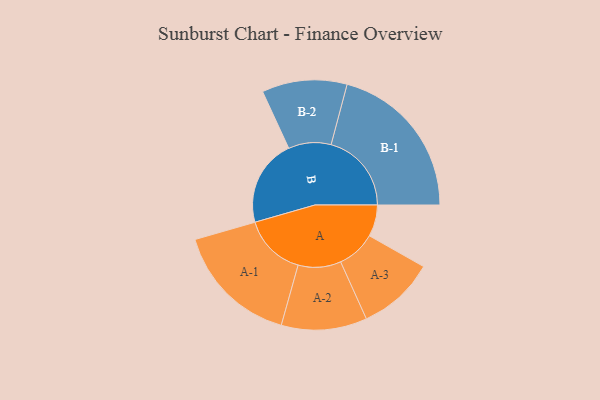
{"axis": {"x": "Segment", "y": "Value"}, "legend": ["", "A", "B"], "data": [{"x": "A", "y": 116, "type": ""}, {"x": "B", "y": 319, "type": ""}, {"x": "A-1", "y": 229, "type": "A"}, {"x": "A-2", "y": 157, "type": "A"}, {"x": "A-3", "y": 142, "type": "A"}, {"x": "B-1", "y": 295, "type": "B"}, {"x": "B-2", "y": 156, "type": "B"}]}